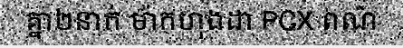
គ្នា២នាក់ ម៉ាកហុងដា PCX ពណ៌